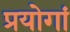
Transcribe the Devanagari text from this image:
प्रयोगां